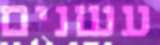
עשנים